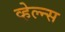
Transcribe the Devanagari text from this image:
व्हेल्न्स